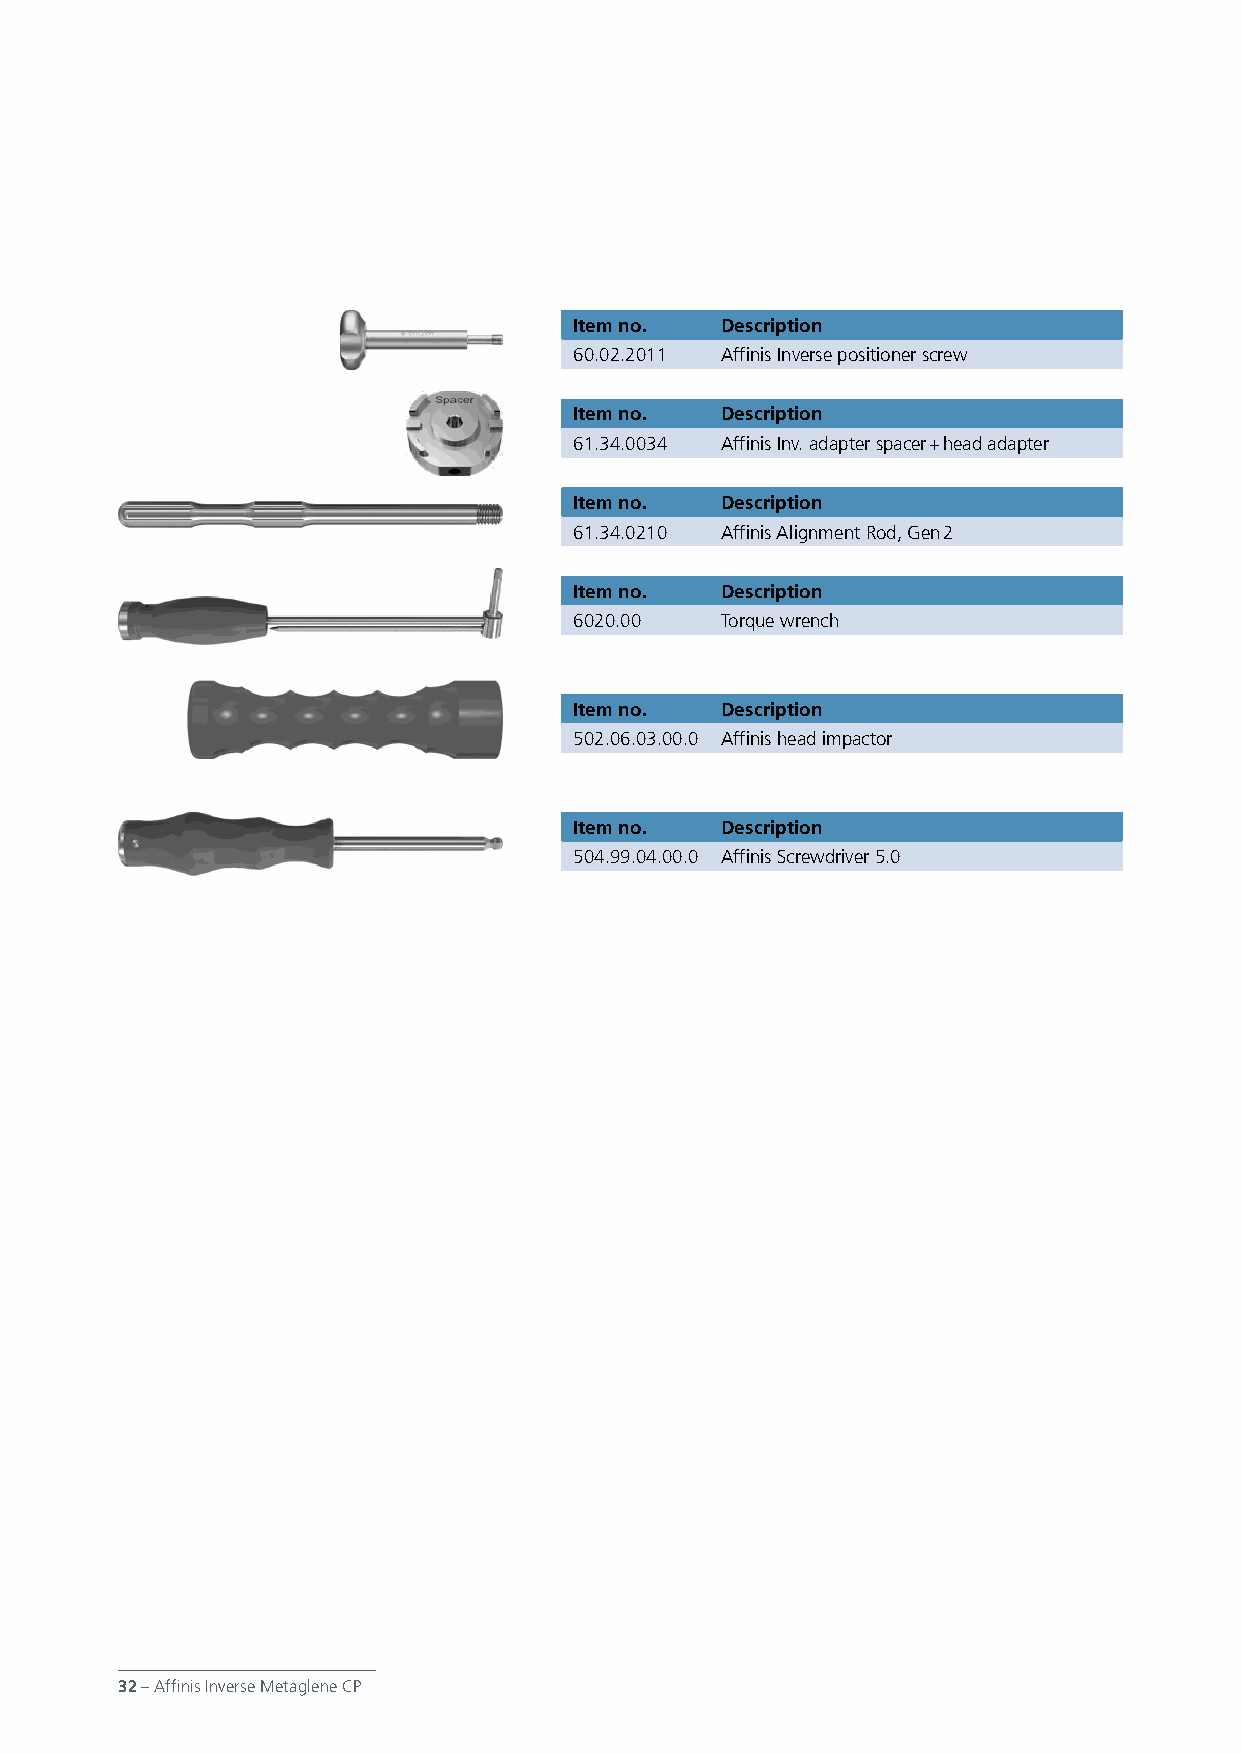
Item no.  Description
 60.02.2011 Affinis Inverse positioner screw
 Item no.  Description
 61.34.0034 Affinis Inv. adapter spacer + head adapter
 Item no.  Description
 61.34.0210 Affinis Alignment Rod, Gen 2
 Item no.  Description
 6020.00   Torque wrench
 Item no.  Description
 502.06.03.00.0 Affinis head impactor
 Item no.  Description
 504.99.04.00.0 Affinis Screwdriver 5.0
 32 – Affinis Inverse Metaglene CP